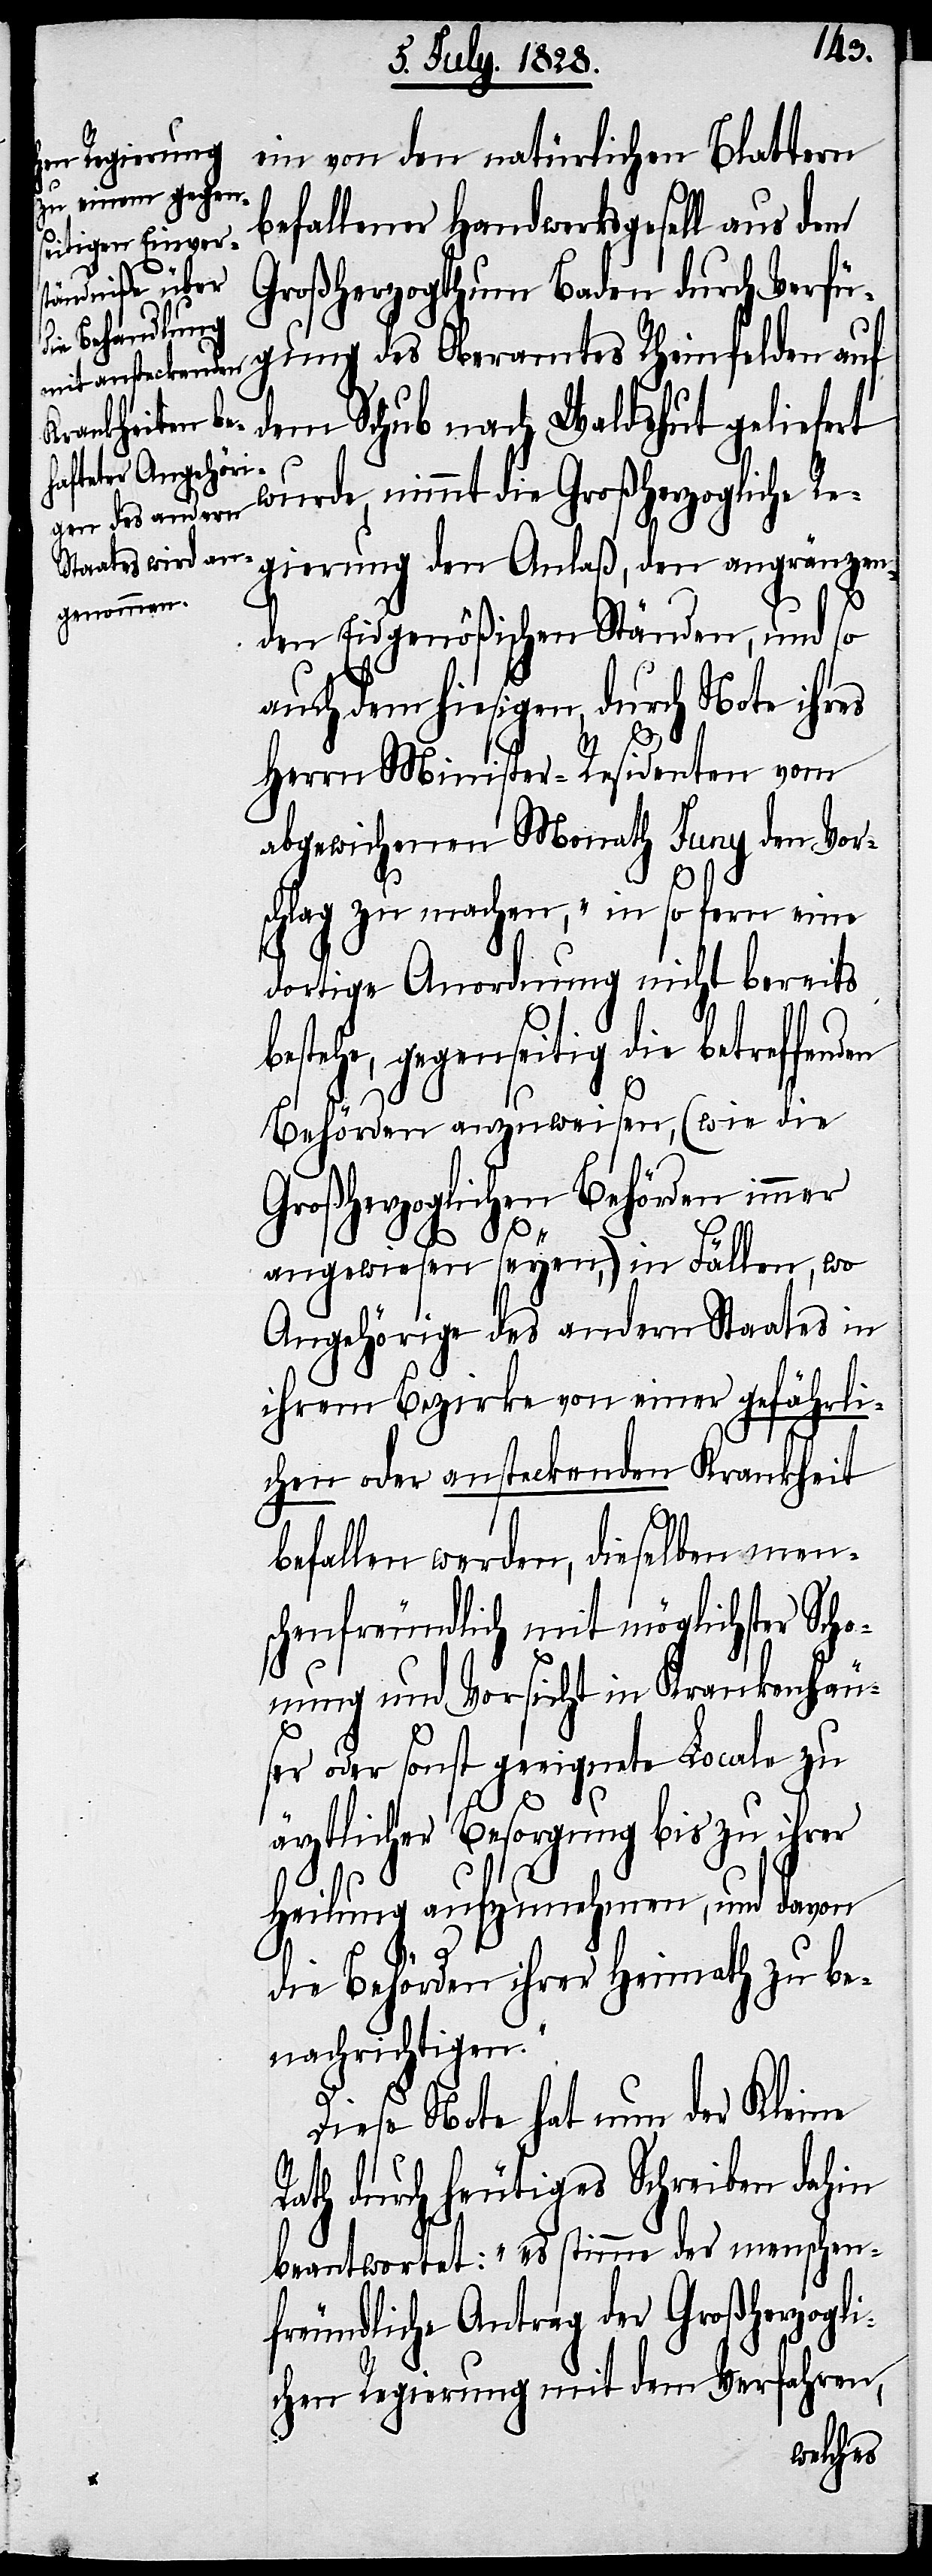
ein von den natürlichen Blattern
befallener Handwerksgesell aus dem
Großherzogthum Baden durch Verfü¬
dem Schub nach Waldshut geliefert
wurde, nimmt die Großherzogliche Re¬
gierung den Anlaß, den angränzen¬
den Eidgenößischen Ständen, und so
auch dem hiesigen, durch Note ihres
Herrn Minister-Residenten vom
abgewichenen Monath Juny den Vor¬
schlag zu machen, „in so fern eine
dortige Anordnung nicht bereits
tehe, gegenseitig die betreffen¬
Behörden anzuweisen, (wie die
Großherzoglichen Behörden immer
angewiesen seyen,) in Fällen, wo
Angehörige des andern Staates in
ihrem Bezirke von einer gefährli¬
chen oder ansteckenden Krankheit
befallen werden, dieselben men¬
schenfreundlich mit möglichster Scho¬
nung und Vorsicht in Krankenhäu¬
ser oder sonst geeigneter Locale zu
bes¬
ärztlicher Besorgung bis zu ihrer
Heilung aufzunehmen, und davon
den
die Behörden ihrer Heimath zu be¬
nachrichtigen.“
Diese Note hat nun der Kleine
Rath durch heutiges Schreiben dahin
beantwortet: „es stimme der menschen¬
freundliche Antrag der Großherzogl¬
ichen Regierung mit dem Verfahren,